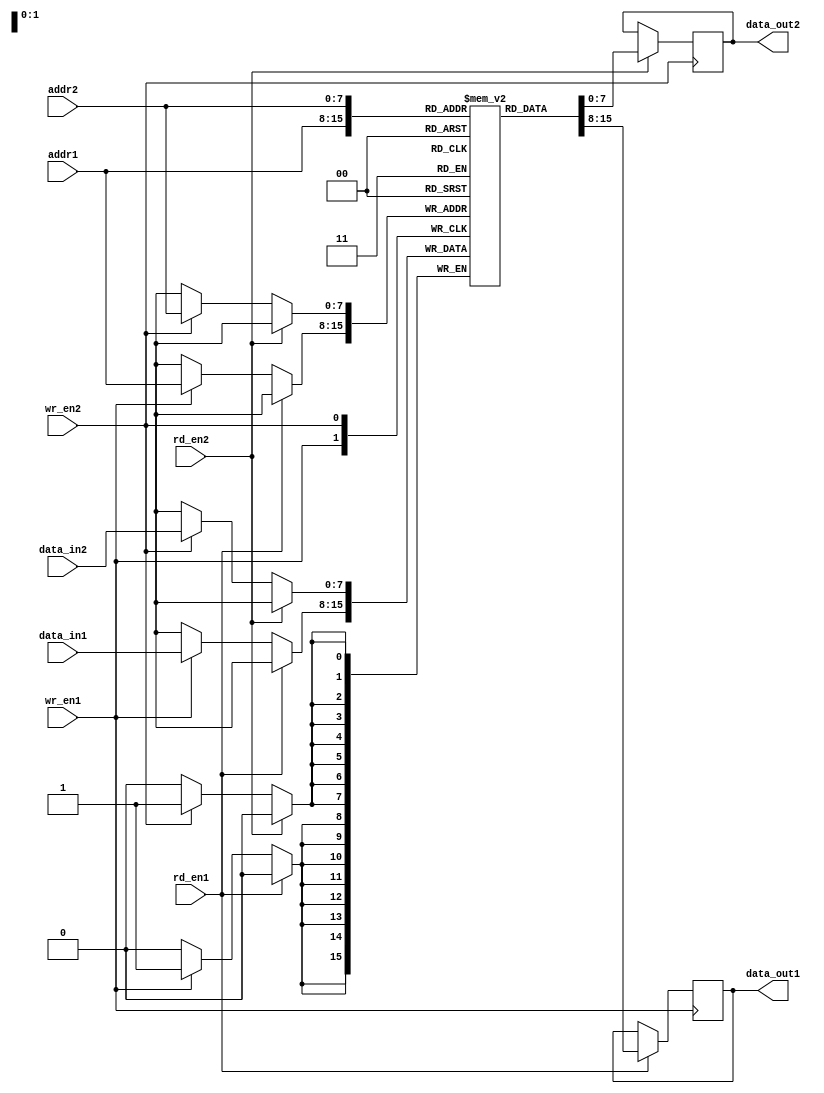
module dual_port_ram (
    input wire [7:0] addr1,
    input wire [7:0] addr2,
    input wire [7:0] data_in1,
    input wire [7:0] data_in2,
    input wire wr_en1,
    input wire wr_en2,
    input wire rd_en1,
    input wire rd_en2,
    output reg [7:0] data_out1,
    output reg [7:0] data_out2
);

reg [7:0] memory [0:255];

always @ (posedge wr_en1)
begin
    if (rd_en1)
        data_out1 <= memory[addr1];
    else if (wr_en1)
        memory[addr1] <= data_in1;
end

always @ (posedge wr_en2)
begin
    if (rd_en2)
        data_out2 <= memory[addr2];
    else if (wr_en2)
        memory[addr2] <= data_in2;
end

endmodule